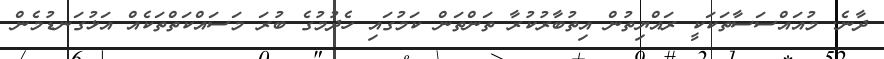
ދާނެ. މުއައްސަސާތަކަކީ ރައްޔިތުން އިތުބާރުކުރާ ތަންތަން ކަމުގައި ހެދުމުގެ ބުރަ މަސައްކަތްތަކެއް އަޅުގަނޑުމެން